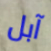
آبل